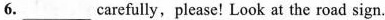
6.___carefully,please! Look at the road sign.